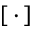
[ \, \cdot \, ]